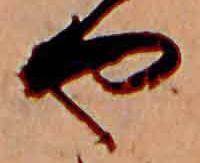
や